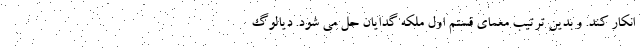
انکار کند. و بدین ترتیب معمای قستم اول ملکه گدایان حل می شود. دیالوگ